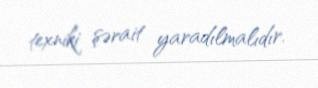
texniki şərait yaradılmalıdır.